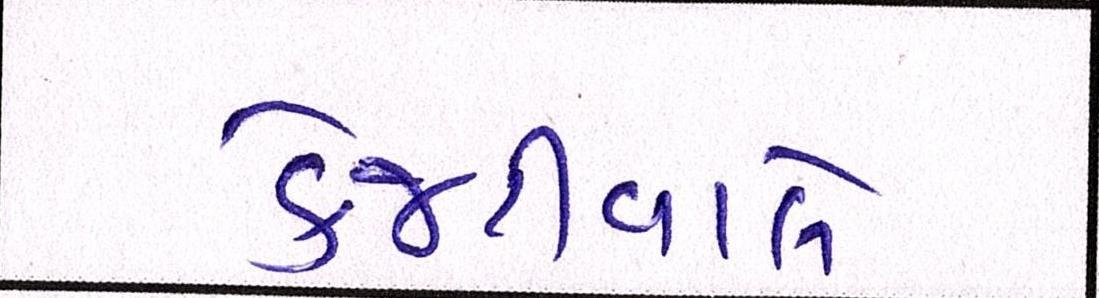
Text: કેજરીવાલે